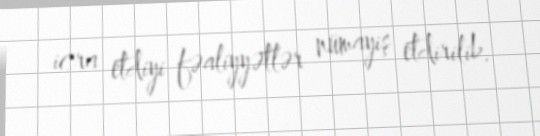
icra etdiyi fəaliyyətlər nümayiş etdirilib.